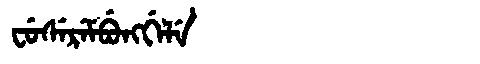
Manchu: ᠸᡠᠰᡝᡵᡝᠮᠪᡠᠩᡤᡝᠯᡝ
Romanization: FUSEREMBUNGGELE